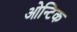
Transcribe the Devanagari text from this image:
ओन्टिक